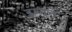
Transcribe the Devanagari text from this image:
इम्मन